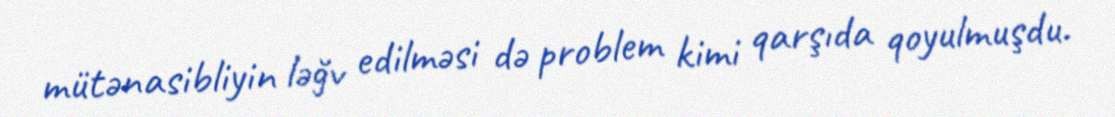
mütənasibliyin ləğv edilməsi də problem kimi qarşıda qoyulmuşdu.